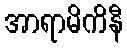
အာရာမိကိနီ